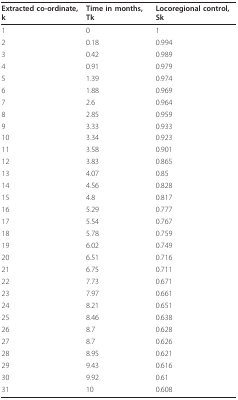
| Extracted co-ordinate, k | Time in months, Tk | Locoregional control, Sk |
 | --- | --- | --- |
 | 1 | 0 | 1 |
 | 2 | 0.18 | 0.994 |
 | 3 | 0.42 | 0.989 |
 | 4 | 0.91 | 0.979 |
 | 5 | 1.39 | 0.974 |
 | 6 | 1.88 | 0.969 |
 | 7 | 2.6 | 0.964 |
 | 8 | 2.85 | 0.959 |
 | 9 | 3.33 | 0.933 |
 | 10 | 3.34 | 0.923 |
 | 11 | 3.58 | 0.901 |
 | 12 | 3.83 | 0.865 |
 | 13 | 4.07 | 0.85 |
 | 14 | 4.56 | 0.828 |
 | 15 | 4.8 | 0.817 |
 | 16 | 5.29 | 0.777 |
 | 17 | 5.54 | 0.767 |
 | 18 | 5.78 | 0.759 |
 | 19 | 6.02 | 0.749 |
 | 20 | 6.51 | 0.716 |
 | 21 | 6.75 | 0.711 |
 | 22 | 7.73 | 0.671 |
 | 23 | 7.97 | 0.661 |
 | 24 | 8.21 | 0.651 |
 | 25 | 8.46 | 0.638 |
 | 26 | 8.7 | 0.628 |
 | 27 | 8.7 | 0.626 |
 | 28 | 8.95 | 0.621 |
 | 29 | 9.43 | 0.616 |
 | 30 | 9.92 | 0.61 |
 | 31 | 10 | 0.608 |